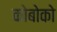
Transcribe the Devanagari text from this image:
कोबोको